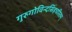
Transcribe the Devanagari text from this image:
गुरुगोविन्दसिंहचरितम्